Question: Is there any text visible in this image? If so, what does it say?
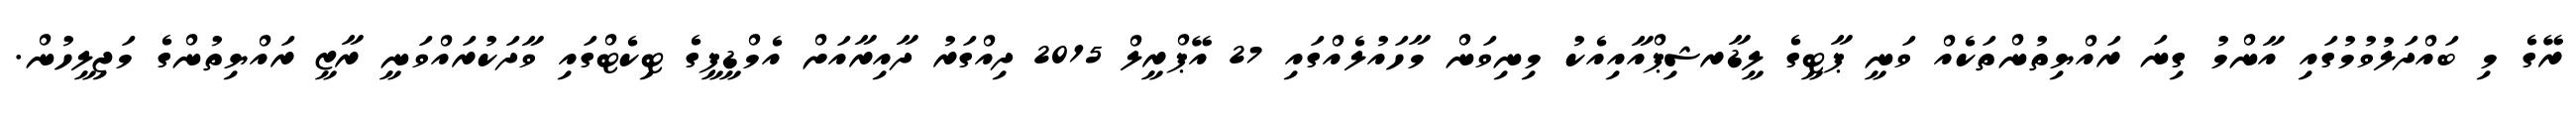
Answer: ރޭގެ މި ބައްދަލުވުމުގައި އާންމު ގިނަ ރައްޔިތުންތަކެއް ވަނީ ޕާޓީގެ ލީޑާރޝިޕްއާއިއެކު މިނިވަން މާހައުލެއްގައި 27 އޭޕްރީލް 2015 ދިއްގަރު ދާއިރާއަށް އެމްޑީޕީގެ ޓިކެޓްގައި ވާދަކުރައްވަނީ ރާޒީ ރައްޔިތުންގެ މަޖިލީހުން.